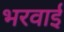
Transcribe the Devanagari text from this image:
भरवाई